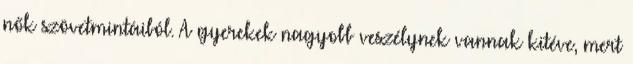
nők szövetmintáiból. A gyerekek nagyobb veszélynek vannak kitéve, mert